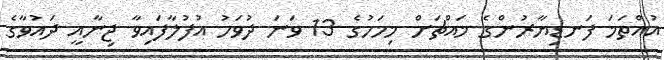
އުއްތަމަ ފަނޑިޔާރުންގެ މައްޗަށް މިމަހުގެ 13 ވަނަ ދުވަހު އުފުލާފައިވާ ޖިނާއީ ދައުވާގެ